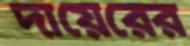
দায়েরের